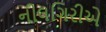
નીલગિરીએ